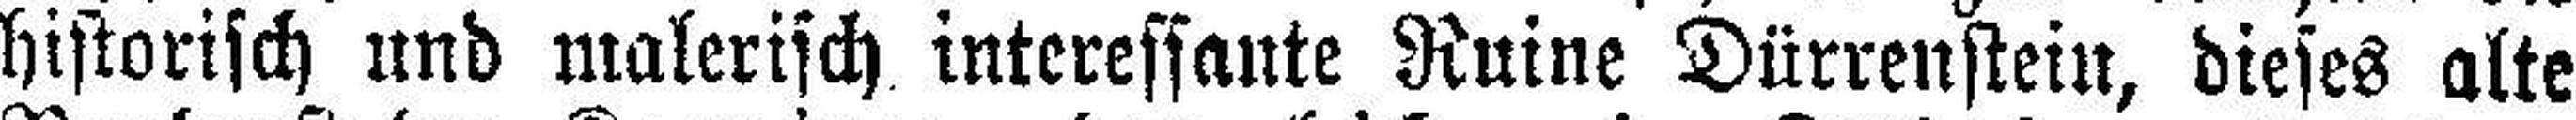
historisch und malerisch interessante Ruine Dürrenstein, dieses alte